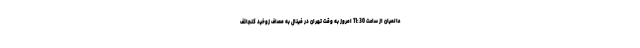
عالمیان از ساعت 11:30 امروز به وقت تهران در فینال به مصاف زوخید کنجائف